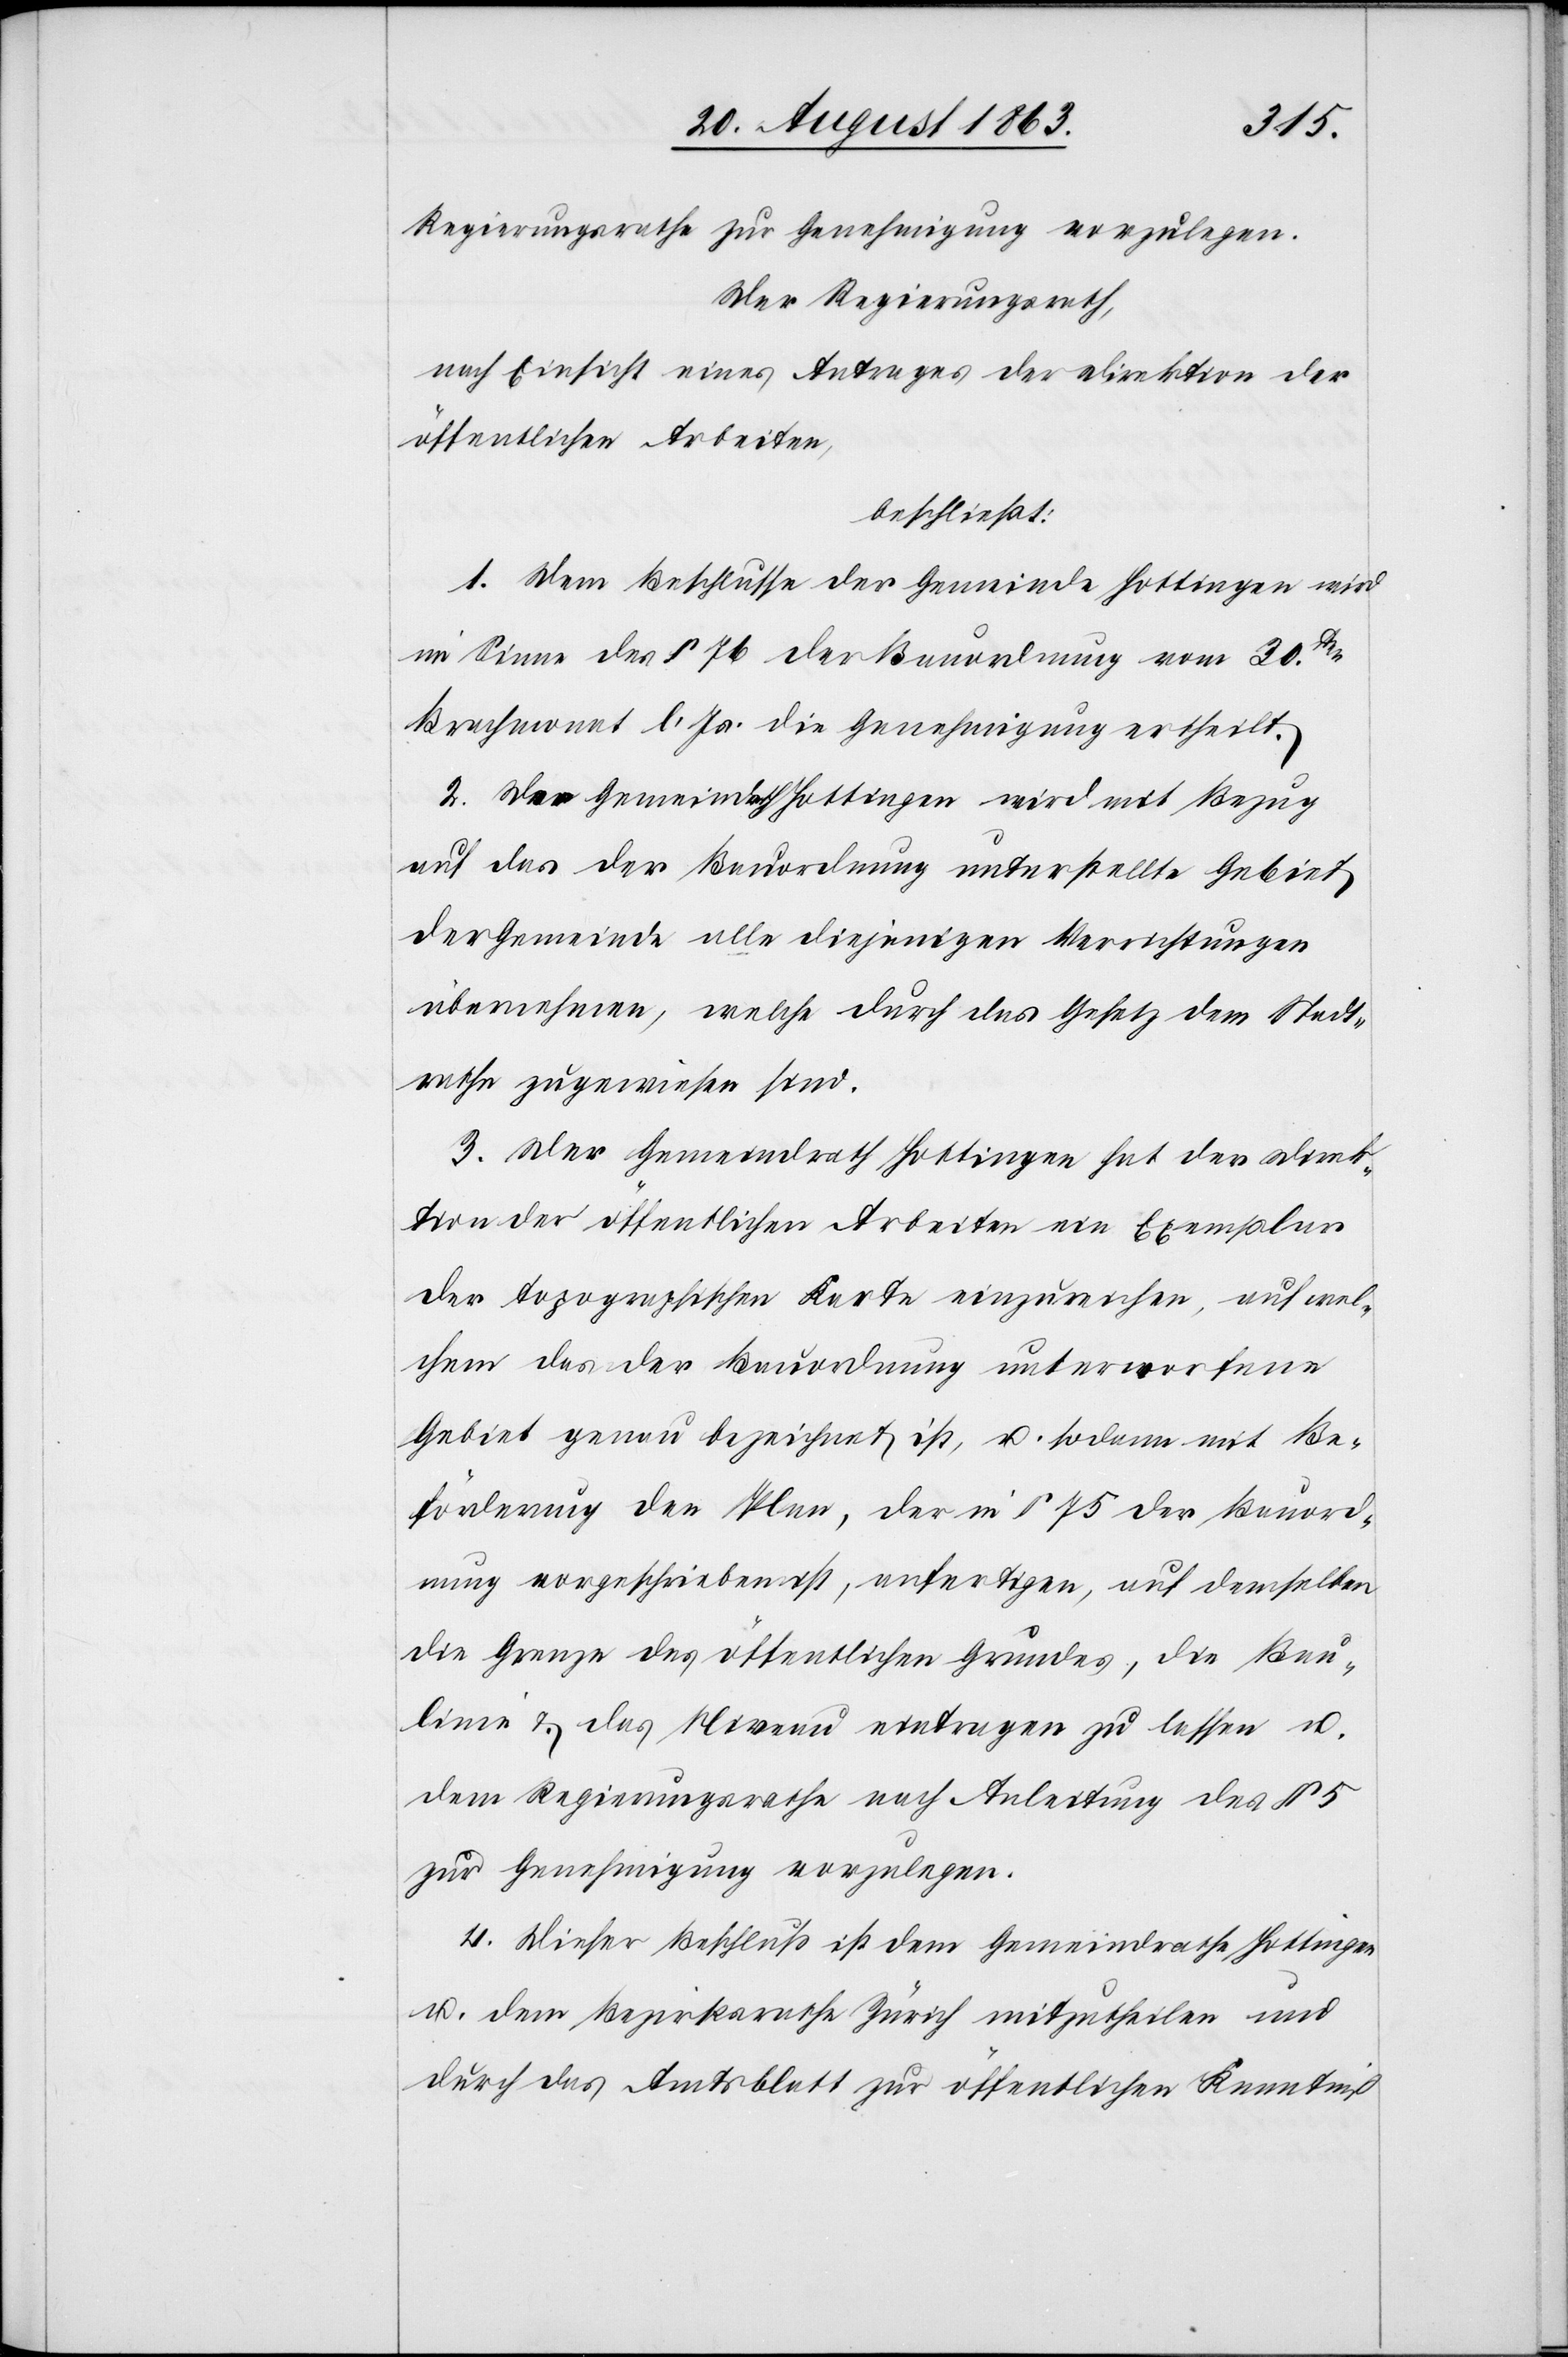
Regierungsrathe zur Genehmigung vorzulegen.
Der Regierungsrath,
nach Einsicht eines Antrages der Direktion der
öffentlichen Arbeiten,
beschließt:
1. Dem Beschlusse der Gemeinde Hottingen wird
im Sinne des § 76 der Bauordnung vom 30ten
Brachmonat l. Js. die Genehmigung ertheilt.
2. Der Gemeindrath Hottingen wird mit Bezug
auf das der Bauordnung unterstellte Gebiet
der Gemeinde alle diejenigen Verrichtungen
übernehmen, welche durch das Gesetz dem Stadt¬
rathe zugewiesen sind.
3. Der Gemeindrath Hottingen hat der Direk¬
tion der öffentlichen Arbeiten ein Exemplar
der topographischen Karte einzureichen, auf wel¬
chem das der Bauordnung unterworfene
Gebiet genau bezeichnet ist, u. sodann mit Be¬
förderung den Plan, der in § 75 der Bauord¬
nung vorgeschrieben ist, anfertigen, auf demselben
die Grenze des öffentlichen Grundes, die Bau¬
linie & das Niveau eintragen zu lassen u.
dem Regierungsrathe nach Anleitung des § 5
zur Genehmigung vorzulegen.
4. Dieser Beschluß ist dem Gemeindrathe Hottingen
u. dem Bezirksrathe Zürich mitzutheilen und
durch das Amtsblatt zur öffentlichen Kenntniß